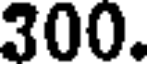
300.